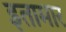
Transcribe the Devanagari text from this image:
इतामार